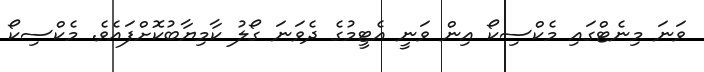
ވަނަ މިނެޓްގައި މެކްސިކޯ އިން ވަނީ އެޓީމުގެ ދެވަނަ ގޯލު ކާމިޔާބުކޮށްފައެވެ. މެކްސިކޯ